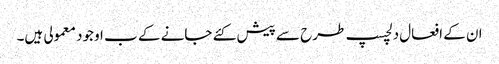
ان کے افعال دلچسپ طرح سے پیش کئے جانے کے ب اوجود معمولی ہیں۔